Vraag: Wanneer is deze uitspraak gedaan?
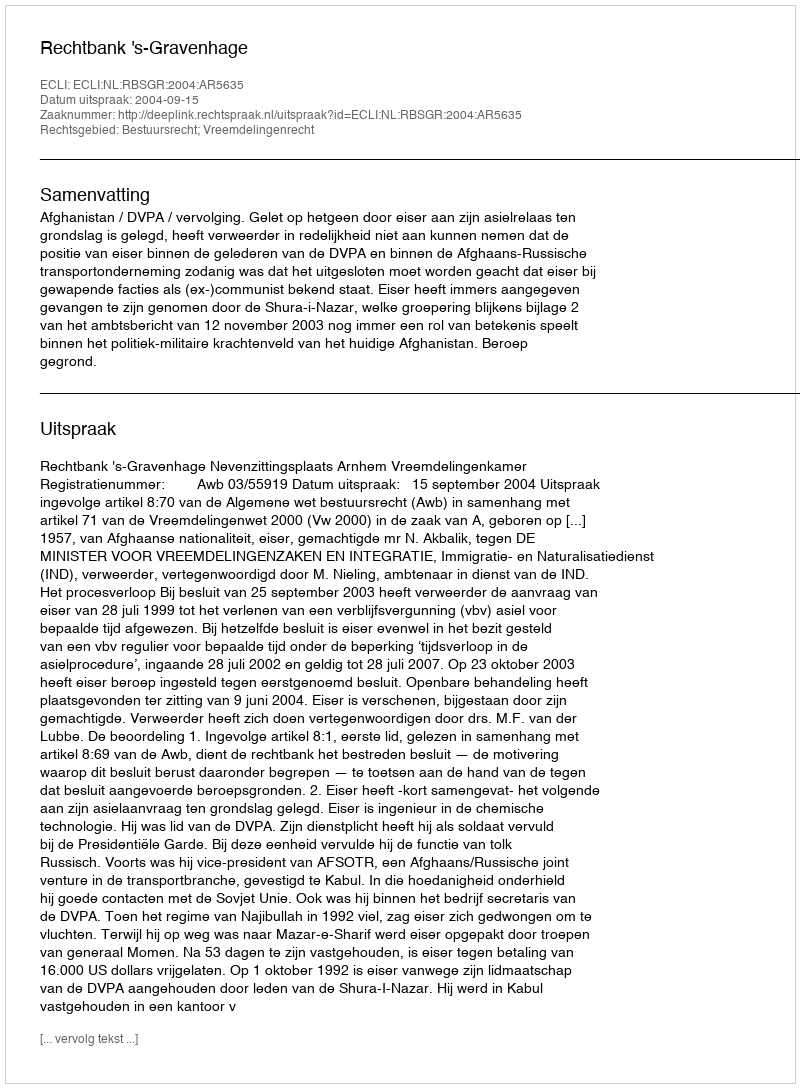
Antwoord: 2004-09-15